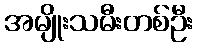
အမျိုးသမီးတစ်ဦး